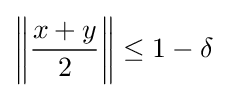
\left\|{\frac {x+y}{2}}\right\|\leq 1-\delta